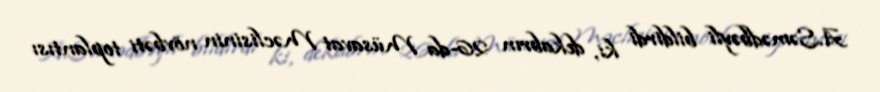
A.Səmədbəyli bildirdi ki, dekabrın 26-da Müsavat Məclisinin növbəti toplantısı